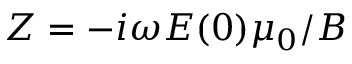
Z = - i \omega E ( 0 ) \mu _ { 0 } / B